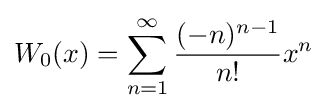
W_{0}(x)=\sum _{n=1}^{\infty }{\frac {(-n)^{n-1}}{n!}}x^{n}